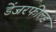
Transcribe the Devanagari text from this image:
डेंजरफील्ड